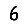
Digit: 6